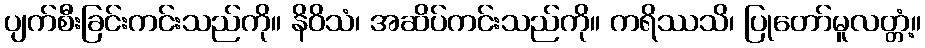
ပျက်စီးခြင်းကင်းသည်ကို။ နိဝိသံ၊ အဆိပ်ကင်းသည်ကို။ ကရိဿသိ၊ ပြုတော်မူလတ္တံ့။